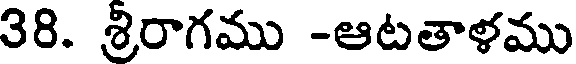
38. శ్రిరాగము -ఆటతాళము